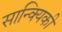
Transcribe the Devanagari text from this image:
सान्क्यिकी